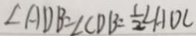
\angle A D B = \angle C D B = \frac { 1 } { 2 } \angle A D C